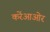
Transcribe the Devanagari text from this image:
करेंआओर